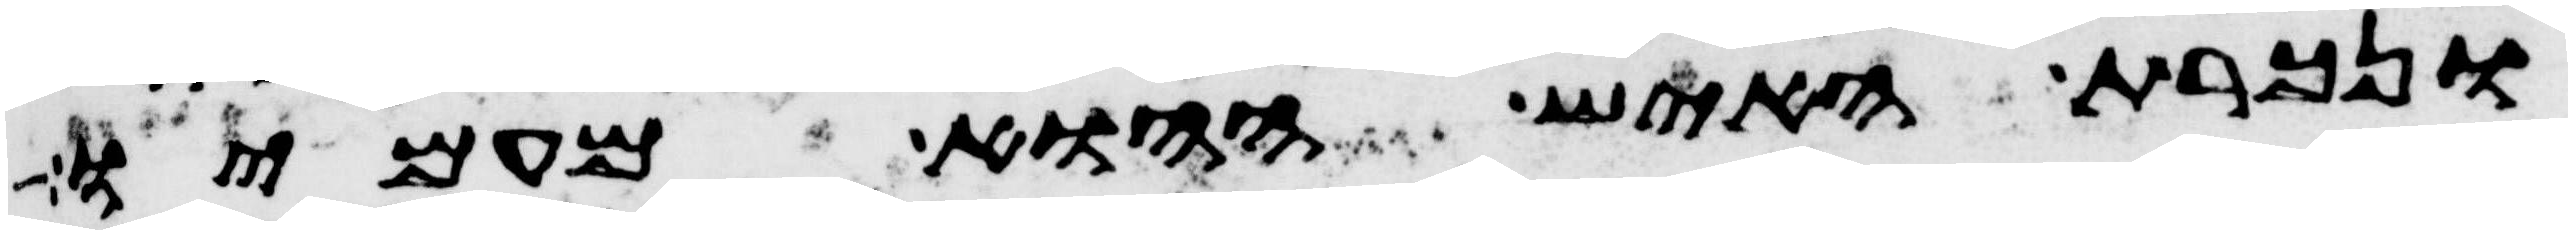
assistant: ונכרת האיש ההוא מעמיו